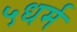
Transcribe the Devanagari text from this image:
५धर्म